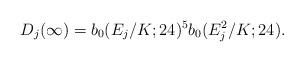
LaTeX: \begin{align*}D_j(\infty)=b_0(E_j/K;24)^5 b_0(E_j^2/K;24).\end{align*}